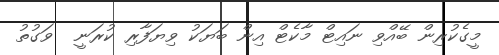
މީގެކުރިން ބޭއްވި ނައިޓް މާކެޓް އިން ބަޔަކު ވިޔަފާރި ކުރަނީ  ވަގުތު